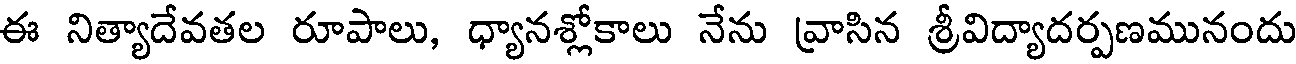
ఈ నిత్యాదేవతల రూపాలు, ధ్యానశ్లోకాలు నేను వ్రాసిన శ్రీవిద్యాదర్పణమునందు